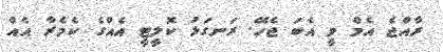
ރާއްޖެ އެމް ވީ އެބަ ޖެހޭ. ރަނގަޅު ކޮލީޓީ އެއްގެ ކެމެރާ އެއް